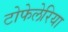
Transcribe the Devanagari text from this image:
टोफेलेरिया